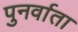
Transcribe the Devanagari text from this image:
पुनर्वाता